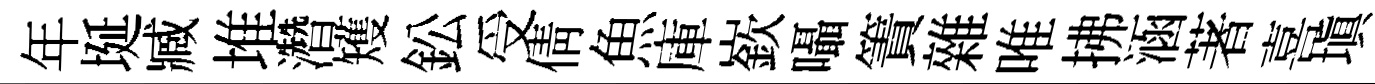
年埏臧堆濳矱鈆受倩魚庫嶔囁簀雜唯拂涵著喜塡